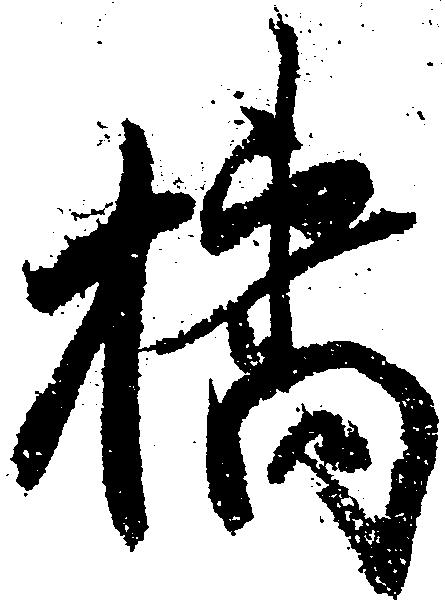
橘